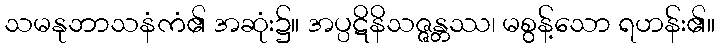
သမနုဘာသနံကံ၏ အဆုံး၌။ အပ္ပဋိနိသဇ္ဇန္တဿ၊ မစွန့်သော ရဟန်း၏။